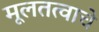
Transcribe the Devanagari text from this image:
मूलतत्वाचे